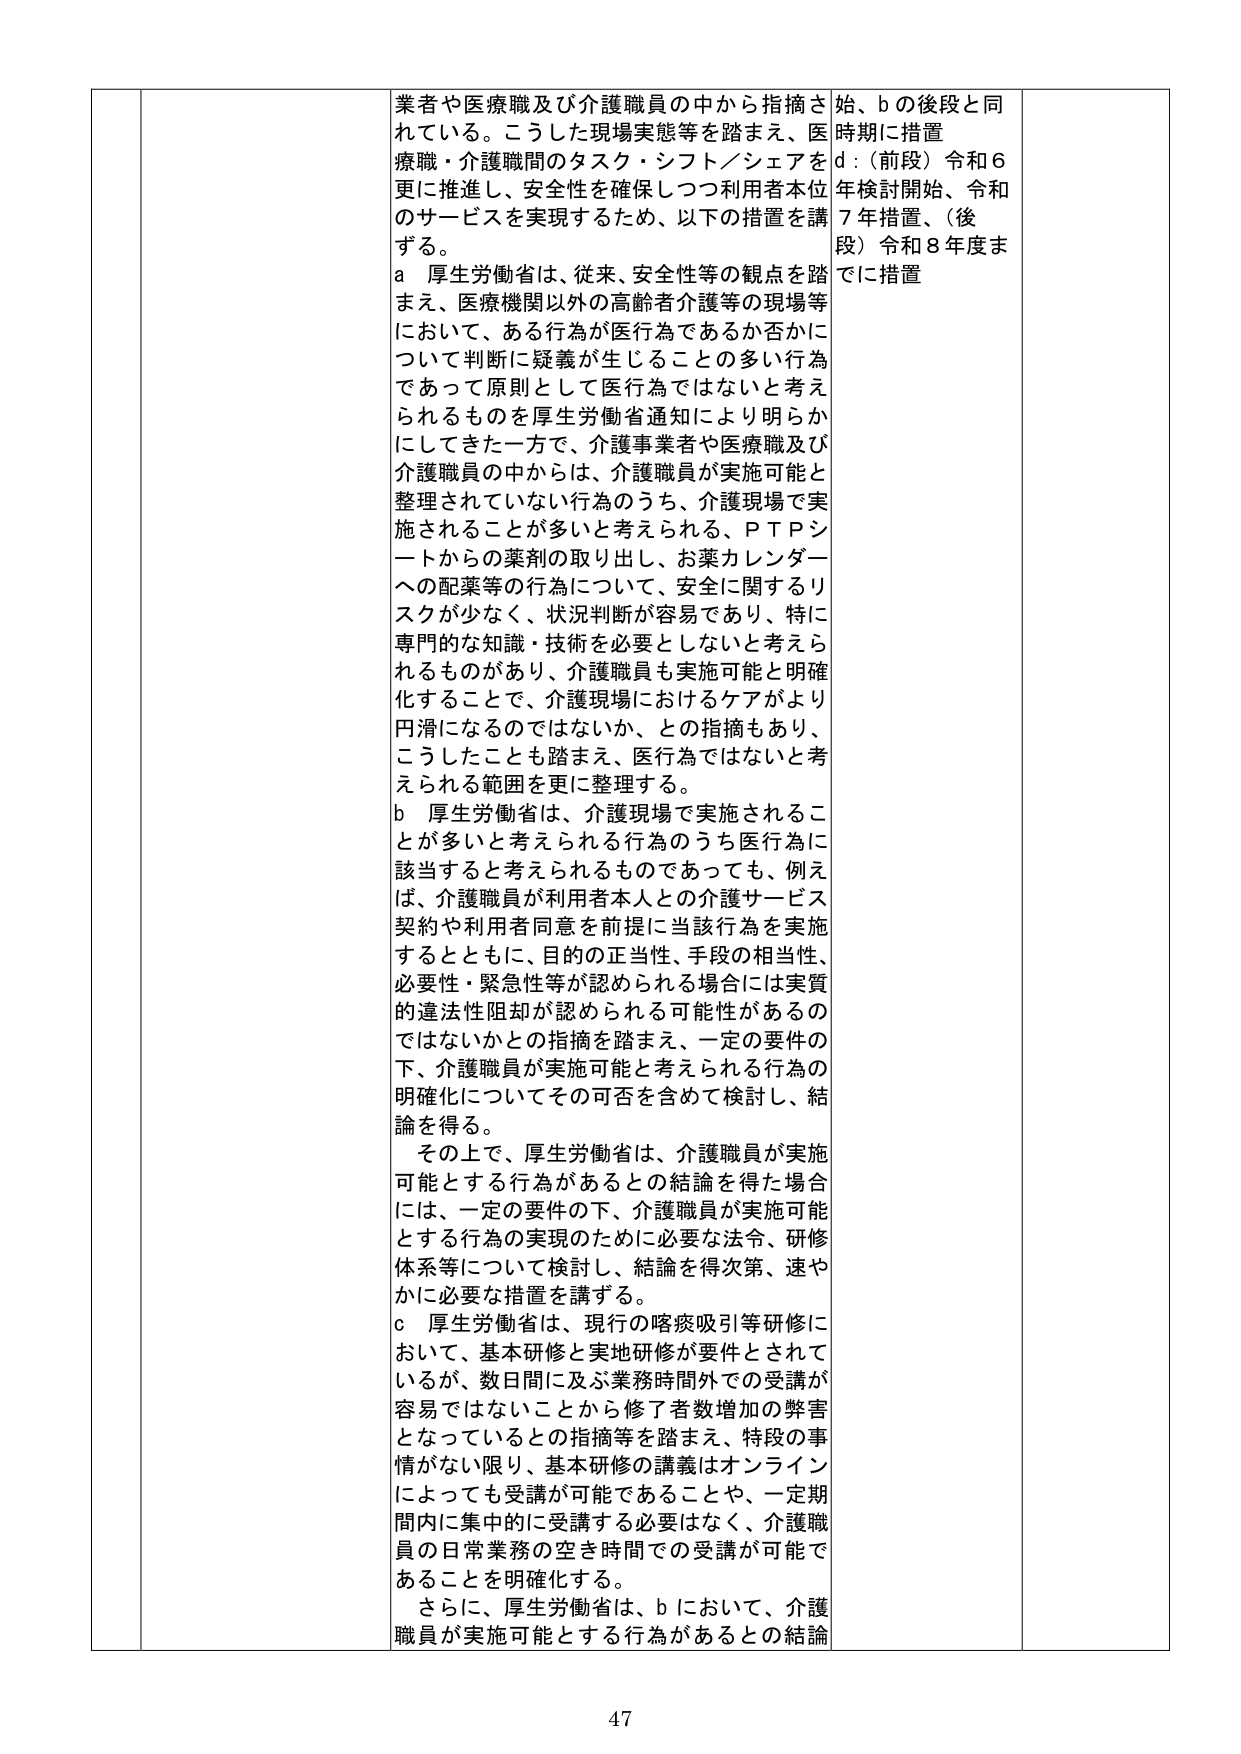
業者や医療職及び介護職員の中から指摘されている。こうした現場実態等を踏まえ、医療職・介護職間のタスク・シフト／シェアを更に推進し、安全性を確保しつつ利用者本位のサービスを実現するため、以下の措置を講ずる。

a 厚生労働省は、従来、安全性等の観点を踏まえ、医療機関以外の高齢者介護等の現場等において、ある行為が医行為であるか否かについて判断に疑義が生じることの多い行為であって原則として医行為ではないと考えられるものを厚生労働省通知により明らかにしてきた一方で、介護事業者や医療職及び介護職員の中からは、介護職員が実施可能と整理されていない行為のうち、介護現場で実施されることが多いと考えられる、ＰＴＰシートからの薬剤の取り出し、お薬カレンダーへの配薬等の行為について、安全に関するリスクが少なく、状況判断が容易であり、特に専門的な知識・技術を必要としないと考えられるものがあり、介護職員も実施可能と明確化することで、介護現場におけるケアがより円滑になるのではないか、との指摘もあり、こうしたことも踏まえ、医行為ではないと考えられる範囲を更に整理する。

b 厚生労働省は、介護現場で実施されることが多いと考えられる行為のうち医行為に該当すると考えられるものであっても、例えば、介護職員が利用者本人との介護サービス契約や利用者同意を前提に当該行為を実施するとともに、目的の正当性、手段の相当性、必要性・緊急性等が認められる場合には実質的違法性阻却が認められる可能性があるのではないかとの指摘を踏まえ、一定の要件の下、介護職員が実施可能と考えられる行為の明確化についてその可否を含めて検討し、結論を得る。

その上で、厚生労働省は、介護職員が実施可能とする行為があるとの結論を得た場合には、一定の要件の下、介護職員が実施可能とする行為の実現のために必要な法令、研修体系等について検討し、結論を得次第、速やかに必要な措置を講ずる。

c 厚生労働省は、現行の喀痰吸引等研修において、基本研修と実地研修が要件とされているが、数日間に及ぶ業務時間外での受講が容易ではないことから修了者数増加の弊害となっているとの指摘等を踏まえ、特段の事情がない限り、基本研修の講義はオンラインによっても受講が可能であることや、一定期間内に集中的に受講する必要はなく、介護職員の日常業務の空き時間での受講が可能であることを明確化する。

さらに、厚生労働省は、b において、介護職員が実施可能とする行為があるとの結論

始、b の後段と同時期に措置
d：（前段）令和６年検討開始、令和７年措置、（後段）令和８年度までに措置

47